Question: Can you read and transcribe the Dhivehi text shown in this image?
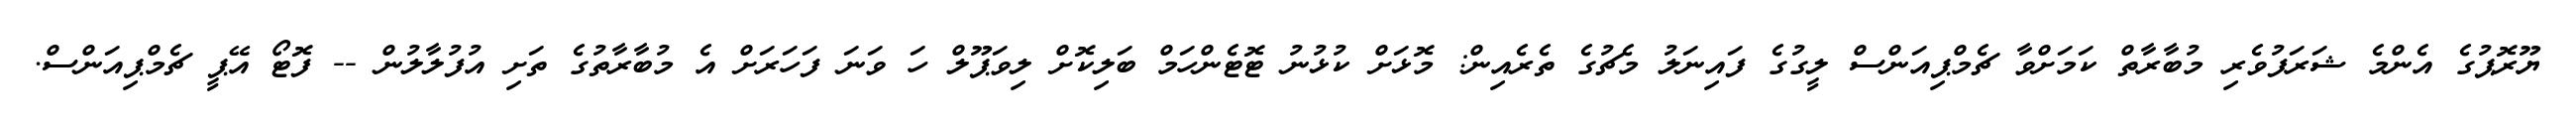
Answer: ޔޫރޮޕުގެ އެންމެ ޝަރަފުވެރި މުބާރާތް ކަމަށްވާ ޗެމްޕިއަންސް ލީގުގެ ފައިނަލު މެޗުގެ ތެރެއިން: މޮޅަށް ކުޅުނު ޓޮޓެންހަމް ބަލިކޮށް ލިވަޕޫލް ހަ ވަނަ ފަހަރަށް އެ މުބާރާތުގެ ތަށި އުފުލާލުން -- ފޮޓޯ އޭޕީ ޗެމްޕިއަންސް.